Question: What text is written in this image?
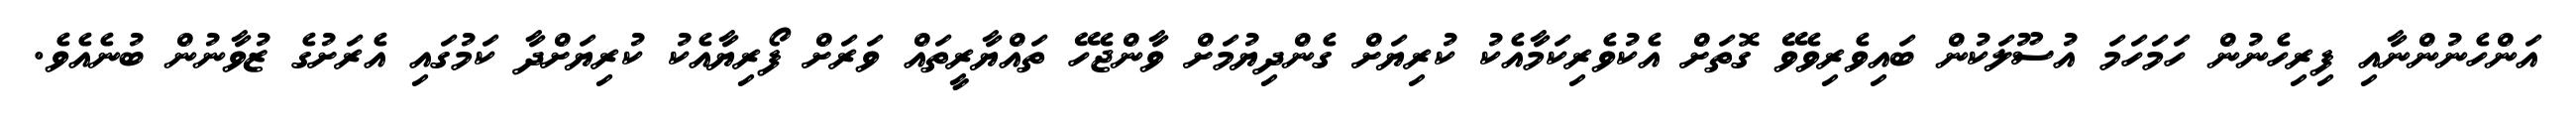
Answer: އަންހެނުންނާއި ފިރިހެނުން ހަމަހަމަ އުސޫލަކުން ބައިވެރިވެވޭ ގޮތަށް އެކުވެރިކަމާއެކު ކުރިޔަށް ގެންދިޔުމަށް ވާންޖެހޭ ތައްޔާރީތައް ވަރަށް ފޯރިޔާއެކު ކުރިޔަށްދާ ކަމުގައި އެރަށުގެ ޒުވާނުން ބުނެއެވެ.